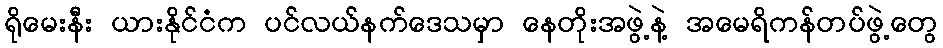
ရိုမေးနီး ယားနိုင်ငံက ပင်လယ်နက်ဒေသမှာ နေတိုးအဖွဲ့နဲ့ အမေရိကန်တပ်ဖွဲ့တွေ